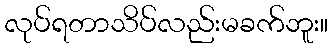
လုပ်ရတာသိပ်လည်းမခက်ဘူး။